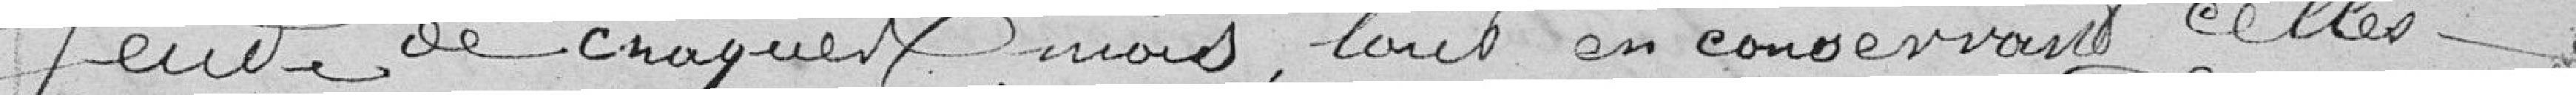
Jeudi de chaque mois, tous en conservant celles